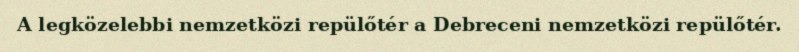
A legközelebbi nemzetközi repülőtér a Debreceni nemzetközi repülőtér.